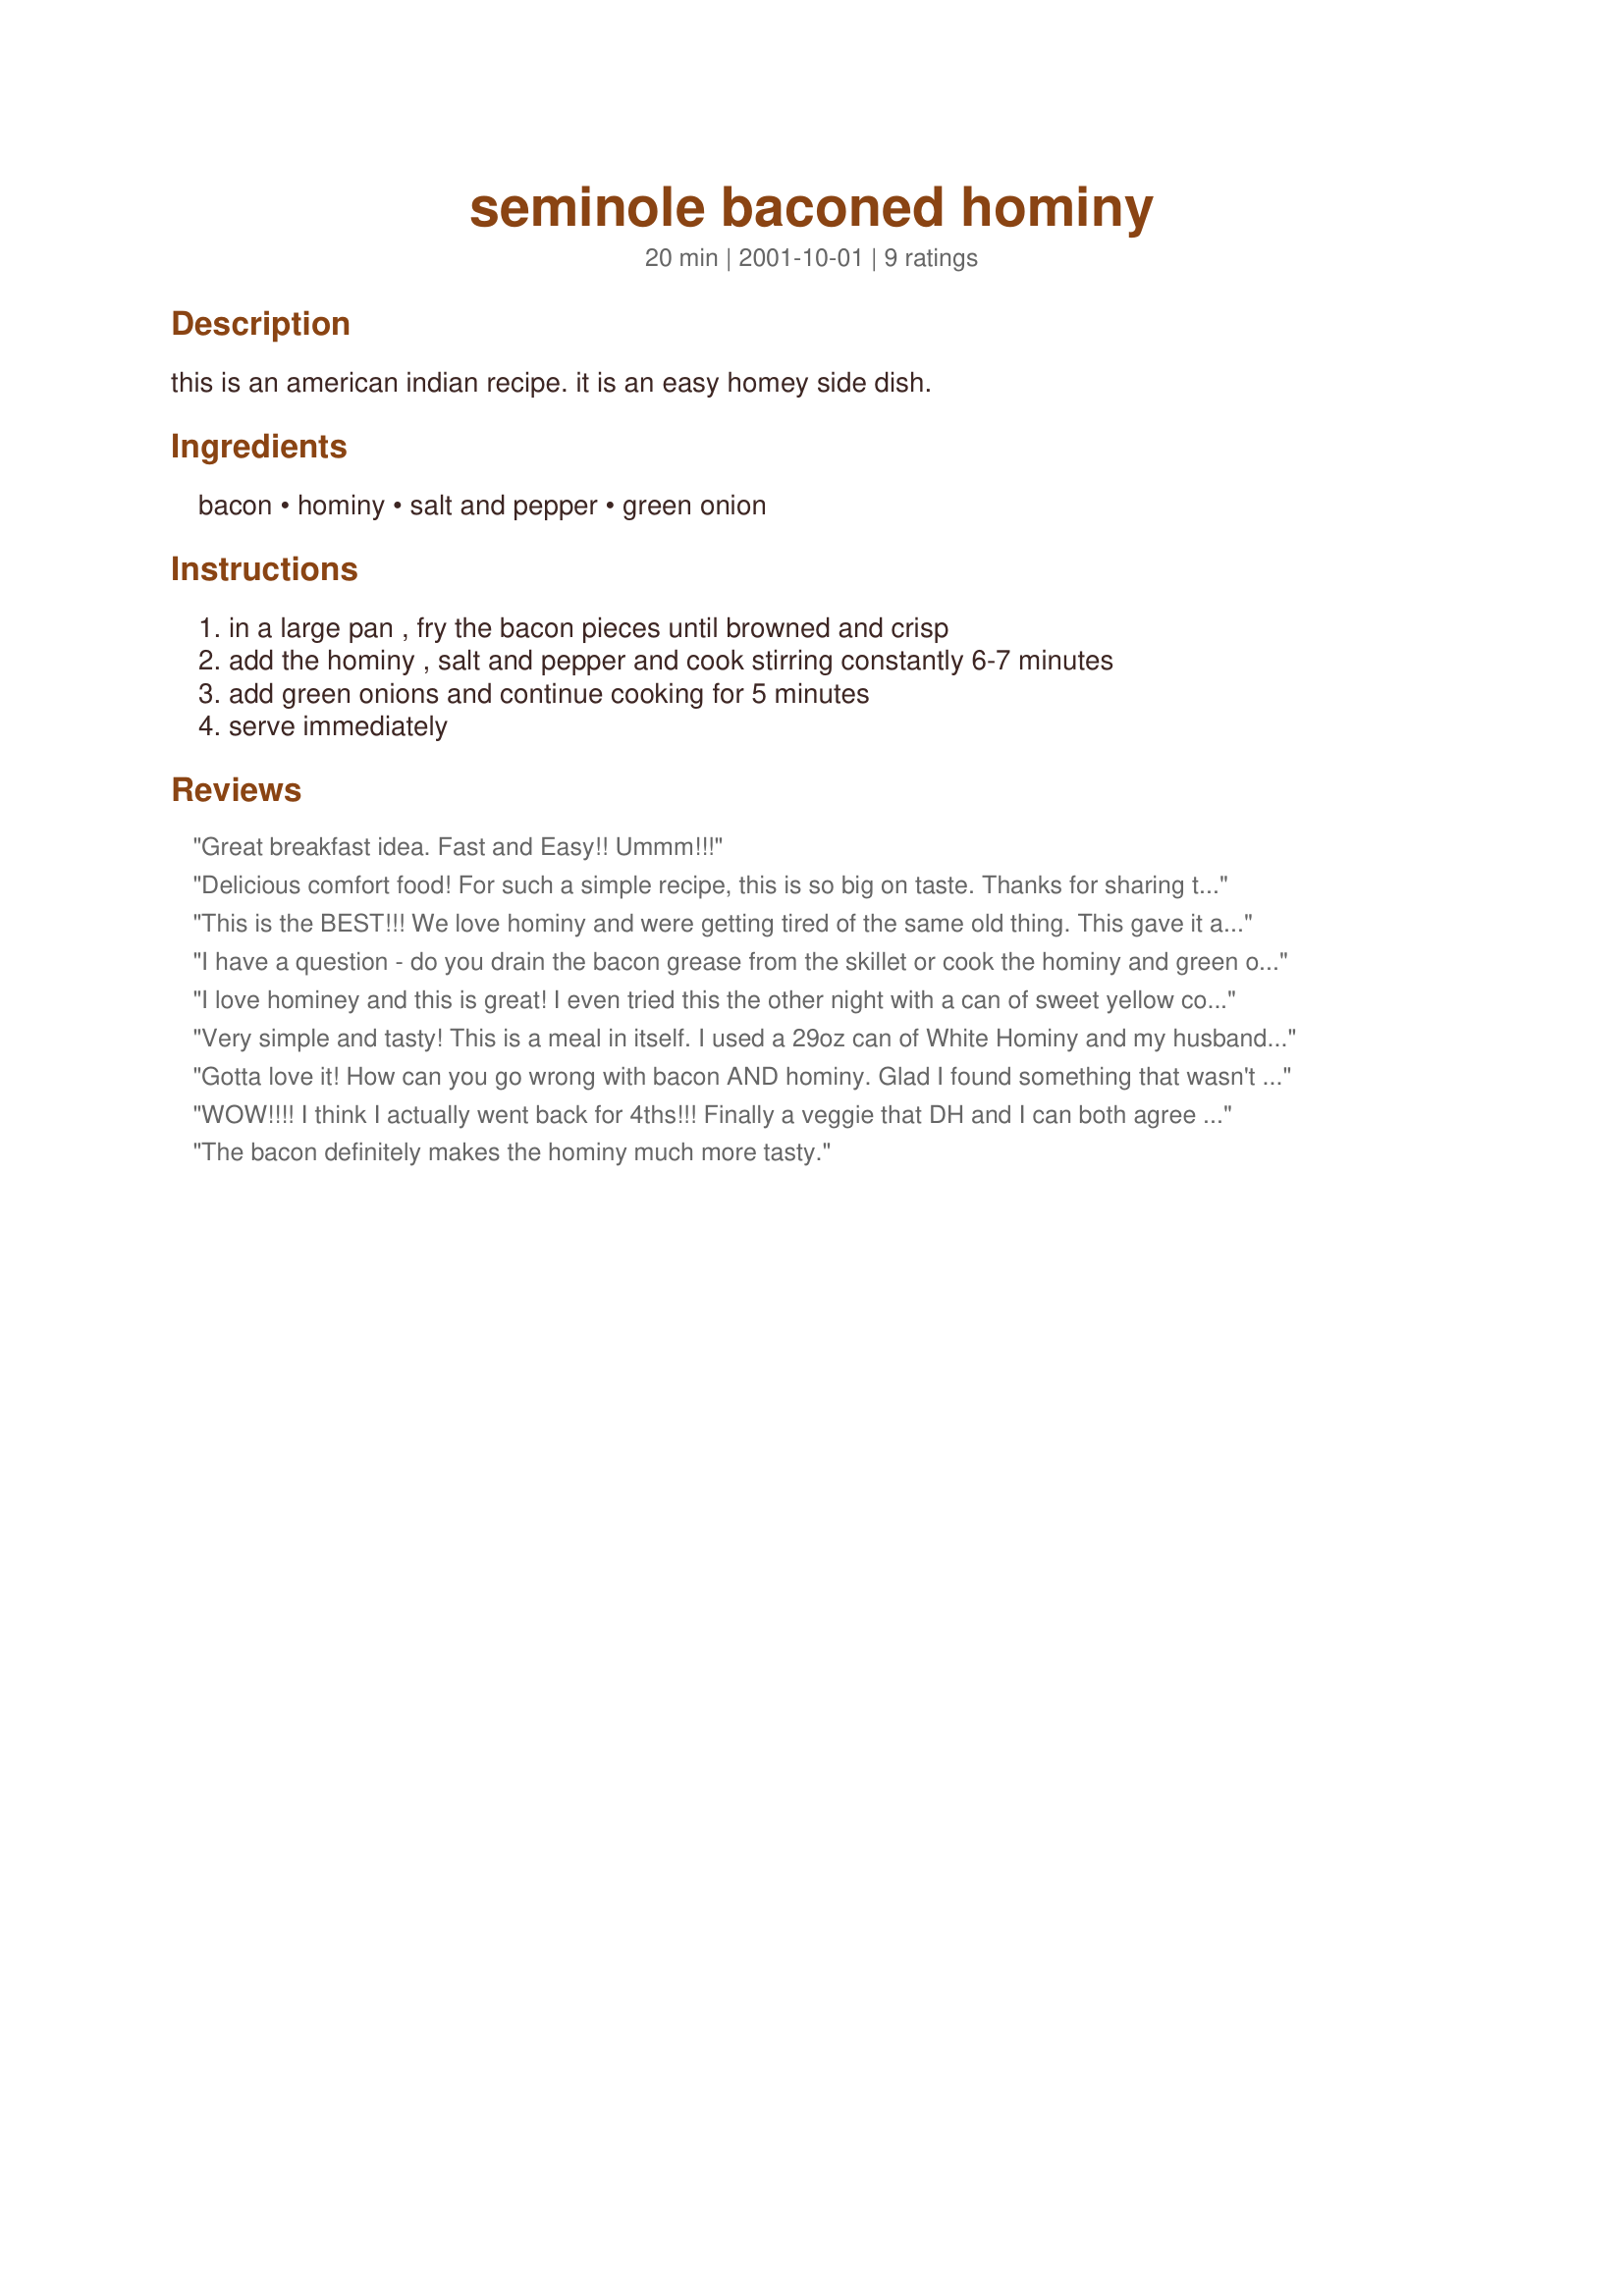
seminole baconed hominy
Preparation time: 20 minutes

this is an american indian recipe. it is an easy homey side dish.

Ingredients:
bacon, hominy, salt and pepper, green onion

Steps:
in a large pan , fry the bacon pieces until browned and crisp, add the hominy , salt and pepper and cook stirring constantly 6-7 minutes, add green onions and continue cooking for 5 minutes, serve immediately

Reviews:
Great breakfast idea. Fast and Easy!! Ummm!!!
Delicious comfort food! For such a simple recipe, this is so big on taste. Thanks for sharing this recipe.
This is the BEST!!! We love hominy and were getting tired of the same old thing. This gave it a different taste without overpowering it. Thank you for a delicious new way to serve hominy....Stephanie
I have a question - do you drain the bacon grease from the skillet or cook the hominy and green onions and bacon with the grease?
I love hominey and this is great! I even tried this the other night with a can of sweet yellow corn. You can't go wrong when there is bacon in it. thanks!
Very simple and tasty! This is a meal in itself. I used a 29oz can of White Hominy and my husband and I both loved it!
Gotta love it! How can you go wrong with bacon AND hominy. Glad I found something that wasn't posole. My husband is beginning to enjoy hominy as much as I do and pairing hominy with the bacon did so much. Thanks for the great post.
WOW!!!! I think I actually went back for 4ths!!! Finally a veggie that DH and I can both agree on. 2 yr old DD was not a big fan but I don't think she cares for hominy in the first place. This is a once-a-week side for us now.
The bacon definitely makes the hominy much more tasty.
